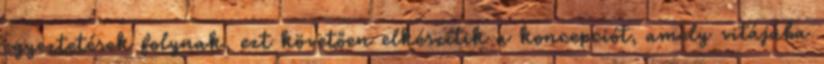
egyeztetések folynak, ezt követően elkészítik a koncepciót, amely vitájába